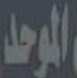
الموحد